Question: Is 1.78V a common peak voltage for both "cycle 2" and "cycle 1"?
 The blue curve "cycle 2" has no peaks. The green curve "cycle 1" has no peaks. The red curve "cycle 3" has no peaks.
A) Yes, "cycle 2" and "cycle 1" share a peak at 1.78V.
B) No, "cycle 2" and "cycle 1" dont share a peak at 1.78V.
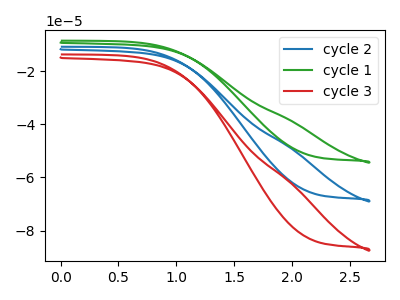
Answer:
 <answer>B) No, "cycle 2" and "cycle 1" dont share a peak at 1.78V.</answer>
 <eval>B</eval>